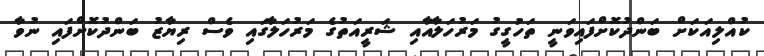
ކުއްލިއަކަށް ބަންދުކޮށްފައިވަނީ ތަހުގީގު މަރުހަލާއާއި ޝަރީއަތުގެ މަރުހަލާގައި ވެސް ރިޔާޒު ބަންދުކޮށްފައި ނުވާ